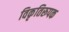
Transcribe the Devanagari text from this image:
विकृतिरूपक